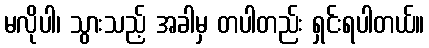
မလိုပါ၊ သွားသည့် အခါမှ တပါတည်း ရှင်းရပါတယ်။